Vital statistics of India. Vol. V, Reports of 1876 on armies & jails and on epidemic cholera
Year: 1876
Disease focus: Cholera
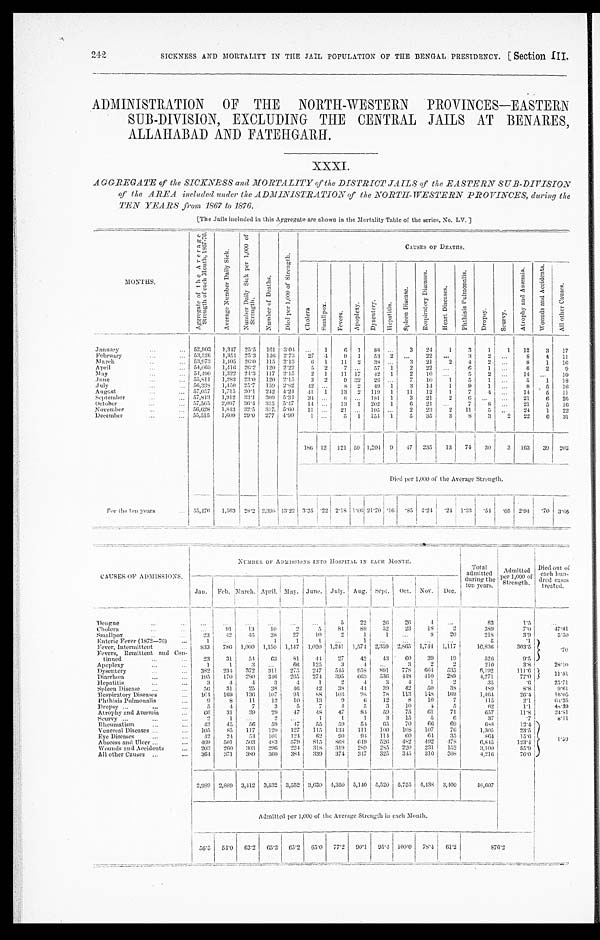
242
SICKNESS AND MORTALITY IN THE JAIL POPULATION OF THE BENGAL PRESIDENCY [Section III.
ADMINISTRATION OF THE NORTH-WESTERN PROVINCES—EASTERN
SUB-DIVISION, EXCLUDING THE CENTRAL JAILS AT BENARES,
ALLAHABAD AND FATEHGARH.
XXXI.
AGGREGATE of the SICKNESS and MORTALITY of the DISTRICT JAILS of the EASTERN SUB-DIVISION
of the AREA included under the ADMINISTRATION of the NORTH-WESTERN PROVINCES, during the
TEN YEARS from 1867 to 1876.
[The Jails included in this Aggregate are shown in the Mortality Table of the series. No. LV.]
M O N T H S .
A g g r e g a t e o f t h e A v e r a g e S t r e n g t h o f e a c h M o n t h , 1 8 6 7 - 7 6 .
A v e r a g e N u m b e r D a i l y S i c k .
N u m b e r D a i l y S i c k p e r 1 , 0 0 0 o f S t r e n g t h .
N u m b e r o f D e a t h s .
D i e d p e r 1 , 0 0 0 o f S t r e n g t h .
C A U S E S O F D E A T H S .
C h o l e r a S m a l l p o x .
F e v e r s .
A p o p l e x y . D y s e n t e r y . H e p a t i t i s .
S p l e e n D i s e a s e .
R e s p i r a t o r y D i s e a s e s .
H e a t D i s e a s e s .
P h t h i s i s P u l m o n a l i s .
D r o p s y . S c u r v y .
A t r o p h y a n d A n æ m i a .
W o u n d s a n d
January
5 2 , 9 0 3
1 , 3 4 7
2 5 · 5
1 6 1 3 · 0 4
. . .
1
6 1 8 8 . . .
3 2 4
1
3
1
1 1 2
February
5 3 , 5 2 6
1 , 3 5 4
2 5 · 3
1 4 6 2 · 7 3
2 7 4
9 1 5 3 2 . . .
2 2 . . .
3
2 . . .
8
March
5 3 , 9 7 3
1 , 4 0 5
2 6 · 0
1 1 5 2 · 1 3
6 1 1 1 2 3 8 . . .
3 2 1
2
4
2 . . .
8
April
5 4 , 6 6 9
1 , 4 1 6
2 6 · 2
1 2 0 2 · 2 2
5 2
7 . . .
5 7 1
2 2 2 . . .
6
1 . . .
6
M a y
5 4 , 4 9 0
1 , 3 2 2
2 4 · 3
1 1 7 2 · 1 5
2 1 1 1 1 7
4 2 1
2 1 0 . . .
5
2 . . .
1 4 . . .
J u n e
5 5 , 8 1 1
1 , 2 8 3
2 3 · 0
1 2 0 2 · 1 5
3 2
9 3 2
2 6 . . .
7 1 0 1
5
1 . . .
5 1
July
5 6 , 3 3 8
1 , 4 5 0
2 5 · 7
1 5 9 2 · 8 2
4 2 . . .
8 2 4 9 1
3 1 4 1
9
1 . . .
8
August
5 7 , 0 5 7
1 , 7 1 5
3 0 · 1
2 4 2 4 · 2 4
4 1 1 1 3 2 1 1 9
1 1 1
1 2
1
7
4 . . .
1 4
September
5 7 , 8 1 3
1 , 9 1 2
3 3 · 1
3 0 9 5 · 3 4
3 4 . . .
8 . . . 1 8 1
1
3 2 1
2
6 . . . . . .
2 1
October
5 7 , 5 6 5
2 , 0 9 7
3 6 · 4
3 1 5 5 · 4 7
1 4 . . .
1 3 1 2 0 2
1
6 2 1 . . .
7
8 . . .
2 1
November
5 6 , 6 2 8
1 , 8 4 3
3 2 · 5
3 4 7 5 · 6 0
1 1 . . .
2 1 . . . 1 9 5 . . .
2 2 3
2 1 1
5 . . .
2 4
December
5 5 , 5 1 5
1 , 6 0 9
2 9 · 0
2 7 7 4 · 9 9
1 . . .
5 1 1 5 4
1
5 3 5
3
8
3
2 2 2
1 8 6 1 2 1 2 5 9 1 , 2 0 4
9 4 7 2 3 5
1 3
7 4 3 0
3
1 6 3
Died per 1,000 of the Average Strength.
For the ten years
55,476 1,563 28·2 2,398 13·22 3·35
· 2 2
2·18 1·06 21·70
· 1 6
· 8 5 4 · 2 4
· 2 4
1·33 ·54 ·05 2·94 ·70 3·65
CAUSES OF ADMISSIONS.
NUMBER OF ADMISSIONS INTO HOSPITAL IN EACH MONTH.
T o t a l a d m i t t e d d u r i n g t h e t e n y e a r s .
A d m i t t e d p e r 1 , 0 0 0 o f S t r e n g t h .
D i e d o u t o f e a c h h u n - d r e d c a s e s t r e a t e d .
Jan. Feb. March. April.
M a y .
June. July. Aug. Sept. Oct. Nov. Dec.
Dengue
...
. . .
...
. . .
... ...
5
2 2
26
2 6 4
. . .
83
1 · 5
Cholera
. . .
91 13 10
2
5 84 89 I
5 2
23 18
2
389
7 · 0
47·81
Smallpox
23
4 2
46 38 27
1 0
2
1 1
. . .
8 20
218
3 · 9
5·50
Enteric Fever (1872–76)
1
. . .
. . .
1
1
1
. . .
1
. . .
...
. . .
...
5
· 1
Fever, Intermittent
833 786 1,000 1,150 1,147 1,020 1,241 1,574 2,359 2,865 1,744 1,117
1 6 , 8 3 6
303·5
Fevers,
Remi t t ent and Con-
tinued
23 31 54 63
8 1
44 27 42 43 60 39 19
526
9 · 5
Apoplexy
1
1
3 . . .
66 125
3
4
. . .
3
2
2
210
3·8
28·10
Dysentery
382 234 372 311 275 247 545 958 891 778 664 535
6 , 1 9 2
111·6
Diarrhœa
195 170 280 346 265 274 395 663 536 418
4 1 0
289
4,271
7 7 · 0
Hepatitis
3
4
4
3
4
1
2
4
3
4
1
2
35
·6
25·71
S p l e e n D i s e a s e
56 31 25 38 46 42 38 44 39 42 50 38
4 8 9 8·8
9·61
Respiratory Diseases
1 6 4
169 136 107 91 88 103 98 78 113 148 169
1 , 4 6 4
26·4
16·05
Phthisis Pulmonalis
9
8 11 12 10 13
9
6 12
8 10
7
1 1 5
2 · 1
64·35
Dropsy
5
4
7
3
5
7
4 7
5
3 10
4
5
62
1 · 1
Atrophy and Anæmia
6 6
31 39 29 47 48 47
8 4
59 75
6 1
71
657
11·8
24·81
Scurvy
2 1
. . .
2
. . .
1
1
1
3
15
5
6
37
·7
8·11
Rheumatism
43 45 56 59 47 55 59 54
6 5
70 66 69
688
12·4
1·50
Venereal Diseases
105 85 117 120 127 115 134 111 100 108 107 76
1,305
23·5
Eye Diseases
42 24 54 101 124 62
9 0
94 114 60
6 4
35
864
15·6
Abscess and Ulcer
469 501 503 483 579 815 868 649 526 482 492 478
6,845
123·4
Wounds and Accidents
203 260 303 296 224 318
3 1 9
289 285 220 231 152
3,100
55·9
All other Causes
3 6 4
371 389 300 384 339 374 347 325 345 310 308
4,216
76·0
2,989 2,889 3,412 3,532 3,552 3,630 4,350 5,140 5,520 5,755 4,438 3,400
48,607
Admitted per 1,000 of the Average Strength in each Month.
56·5 54·0 63·2 65·3 65·2 65·0 77·2 90·1 95·4 100·0 78·4 61·2
876·2